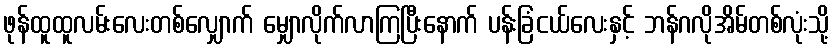
ဖုန်ထူထူလမ်းလေးတစ်လျှောက် မျှောလိုက်လာကြပြီးနောက် ပန်းခြံငယ်လေးနှင့် ဘန်ဂလိုအိမ်တစ်လုံးသို့